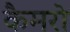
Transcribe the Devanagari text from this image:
कैमरो